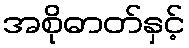
အစိုဓာတ်နှင့်